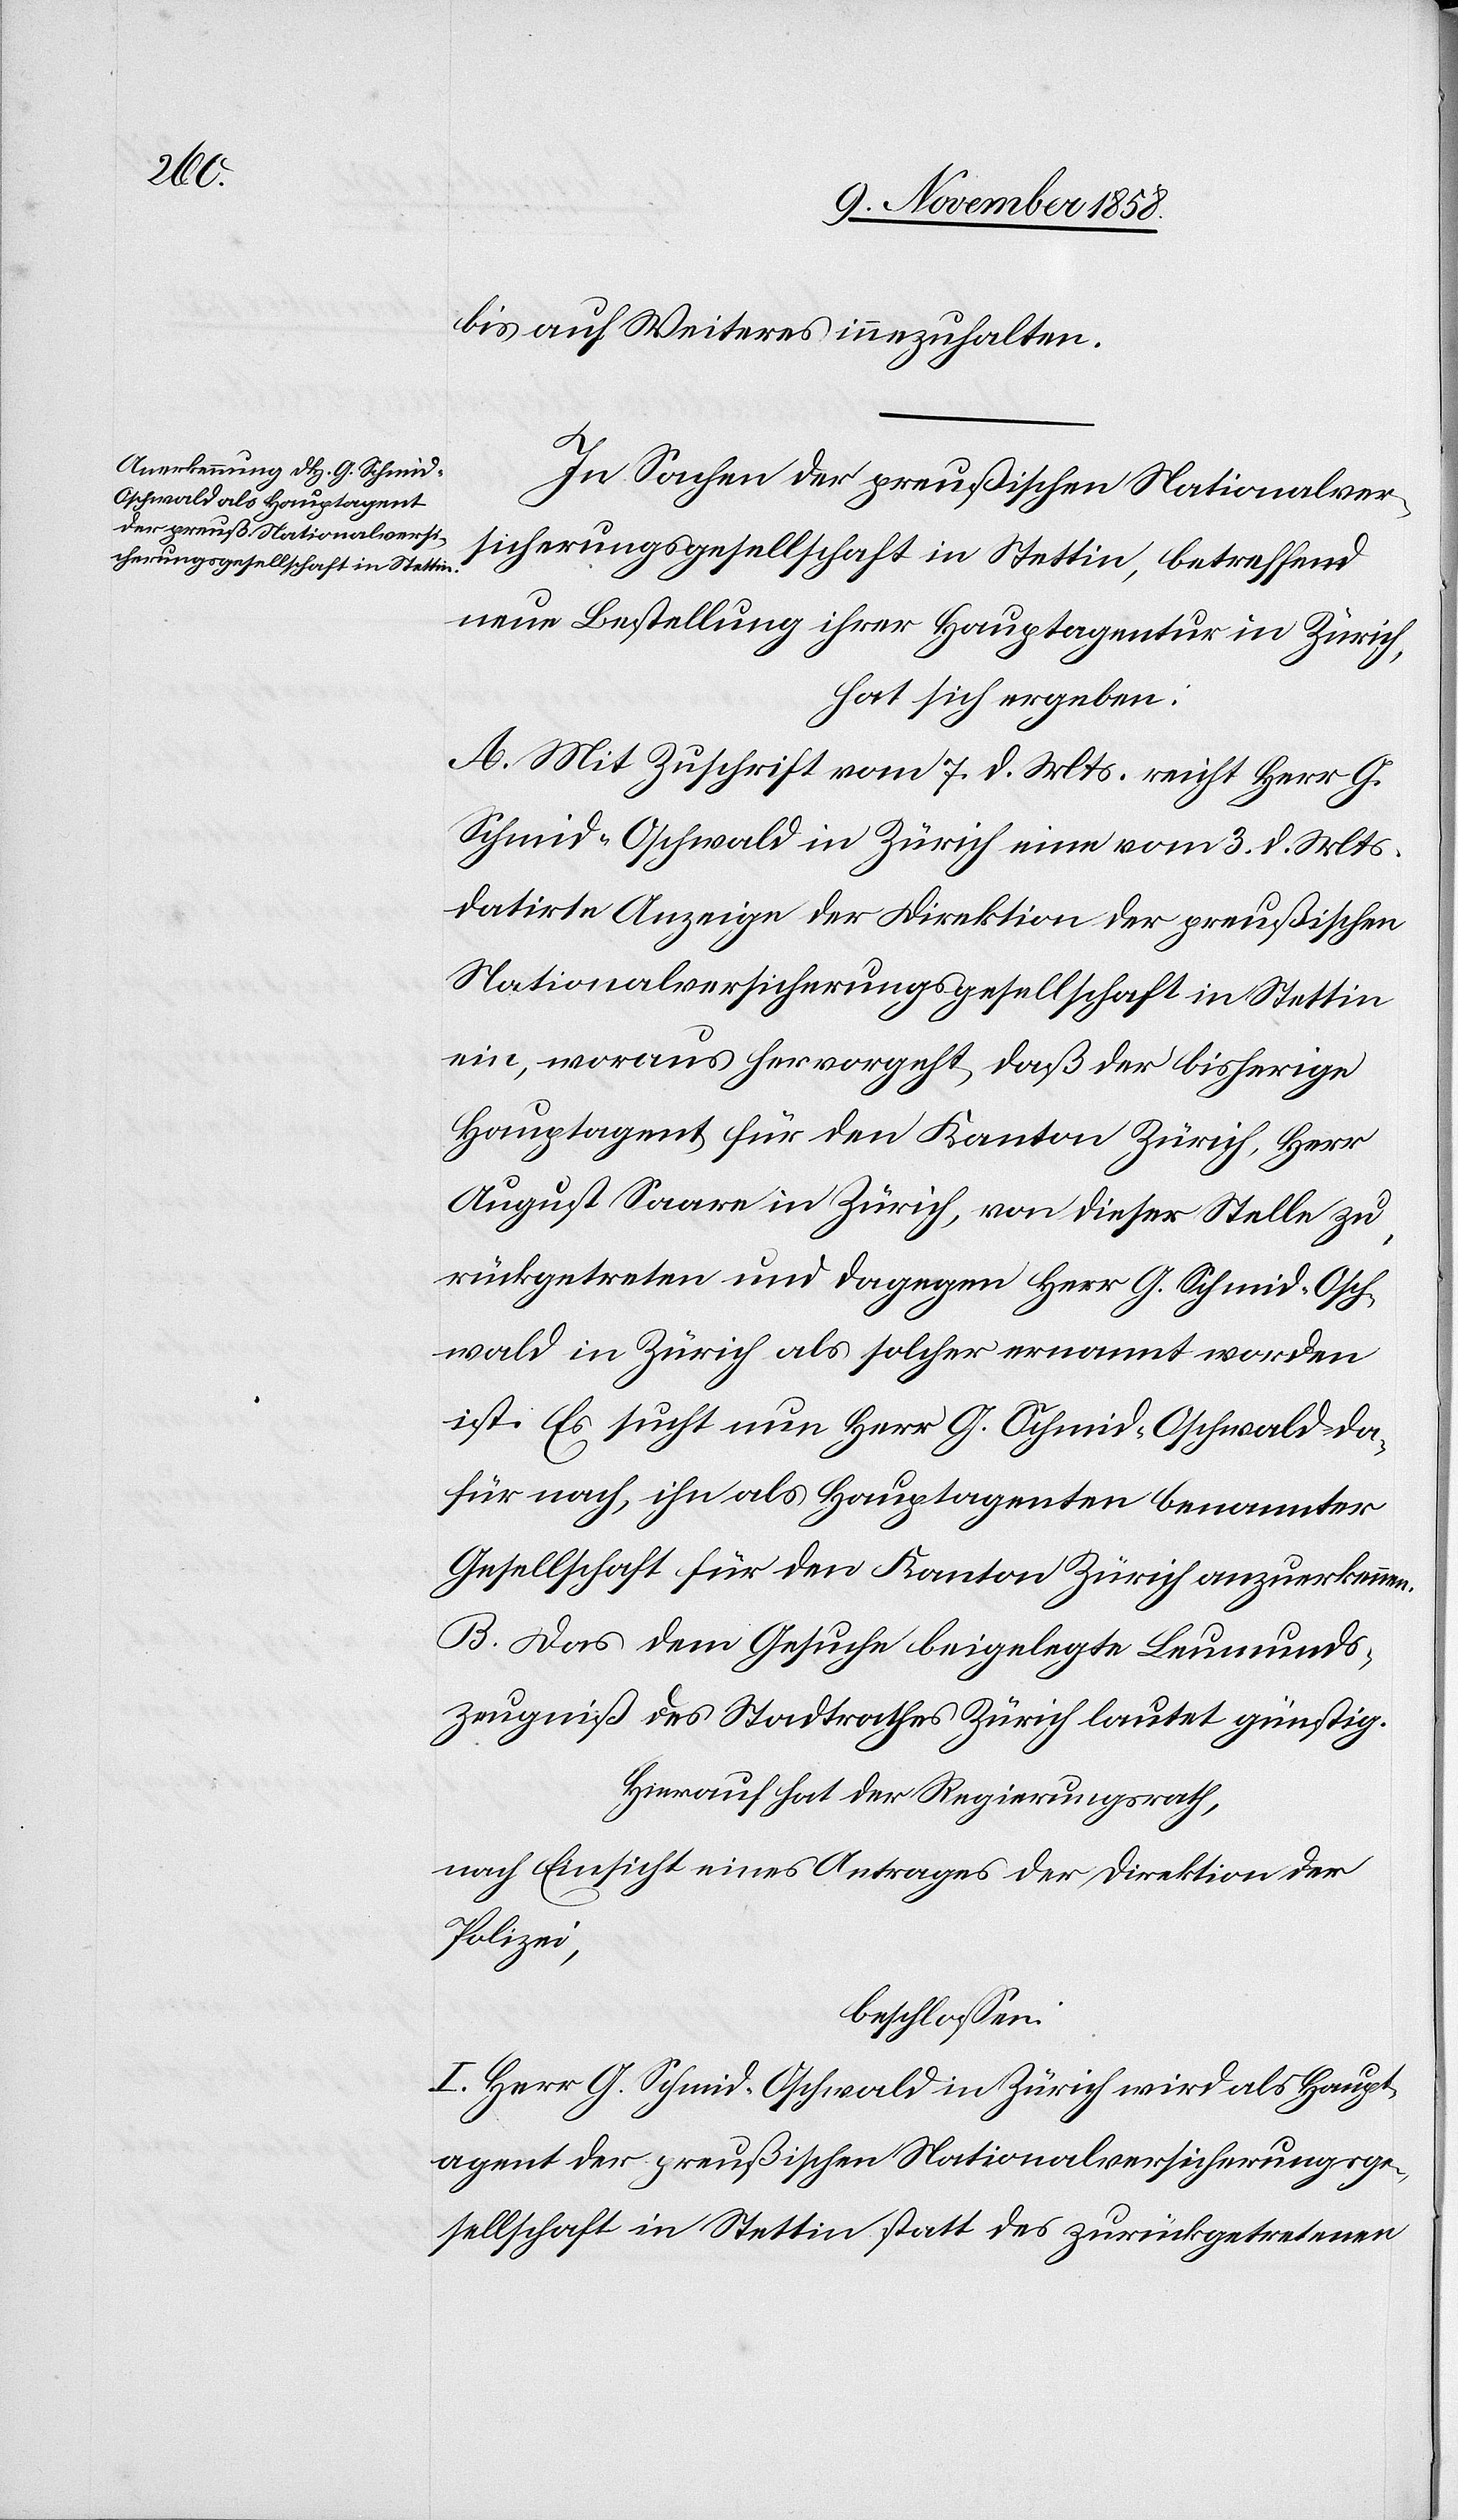
bis auf Weiteres innezuhalten.
In Sachen der preußischen Nationalver¬
sicherungsgesellschaft in Stettin, betreffend
neue Bestellung ihrer Hauptagentur in Zürich,
hat sich ergeben:
A. Mit Zuschrift vom 7. d. Mts. reicht Herr G.
Schmid-Oschwald in Zürich eine vom 3. d. Mts.
datirte Anzeige der Direktion der preußischen
Nationalversicherungsgesellschaft in Stettin
ein, woraus hervorgeht, daß der bisherige
Hauptagent für den Kanton Zürich, Herr
August Saare in Zürich, von dieser Stelle zu¬
rückgetreten und dagegen Herr G. Schmid-Osch¬
wald in Zürich als solcher ernannt worden
ist. Es sucht nun Herr G. Schmid-Oschwald da¬
für nach, ihn als Hauptagenten benannter
Gesellschaft für den Kanton Zürich anzuerkennen.
B. Das dem Gesuche beigelegte Leumunds¬
zeugniß des Stadtrathes Zürich lautet günstig.
Hierauf hat der Regierungsrath,
nach Einsicht eines Antrages der Direktion der
Polizei,
beschlossen:
I. Herr G. Schmid-Oschwald in Zürich wird als Haupt¬
agent der preußischen Nationalversicherungsge¬
sellschaft in Stettin statt des zurückgetretenen